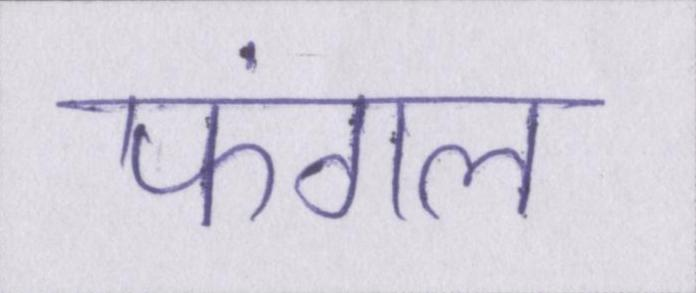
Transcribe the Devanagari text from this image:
फंगल